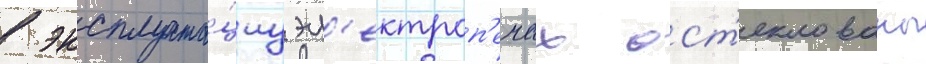
в эксплуата́циу эл'ектроп'ечах ост'еклованы